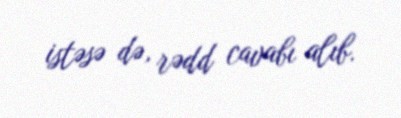
istəsə də, rədd cavabı alıb.